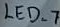
Text: LED_7